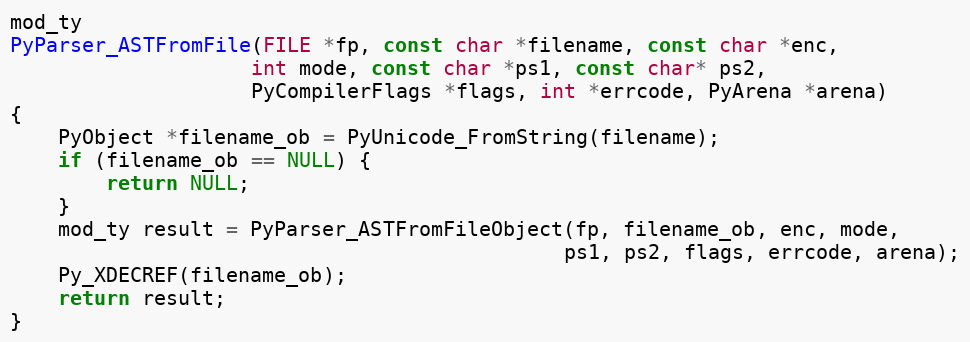
Language: C
mod_ty
PyParser_ASTFromFile(FILE *fp, const char *filename, const char *enc,
                    int mode, const char *ps1, const char* ps2,
                    PyCompilerFlags *flags, int *errcode, PyArena *arena)
{
    PyObject *filename_ob = PyUnicode_FromString(filename);
    if (filename_ob == NULL) {
        return NULL;
    }
    mod_ty result = PyParser_ASTFromFileObject(fp, filename_ob, enc, mode,
                                              ps1, ps2, flags, errcode, arena);
    Py_XDECREF(filename_ob);
    return result;
}